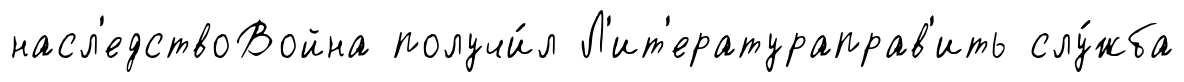
насл'едствоВойна получи́л Л'ит'ератураправ'ить слу́жба